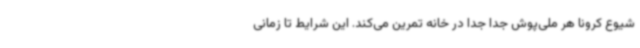
شیوع کرونا هر ملی‌پوش جدا جدا در خانه تمرین می‌کند. این شرایط تا زمانی